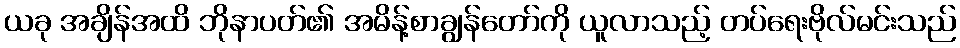
ယခု အချိန်အထိ ဘိုနာပတ်၏ အမိန့်စာချွန်တော်ကို ယူလာသည့် တပ်ရေးဗိုလ်မင်းသည်